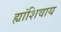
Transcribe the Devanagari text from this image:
ह्यांशिवाय